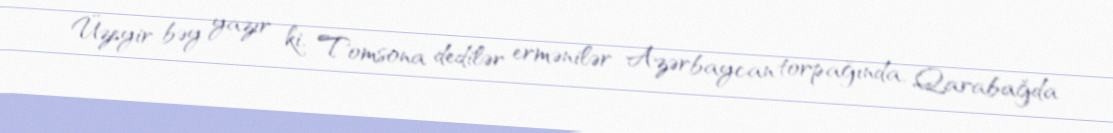
Üzeyir bəy yazır ki, Tomsona dedilər ermənilər Azərbaycan torpağında, Qarabağda